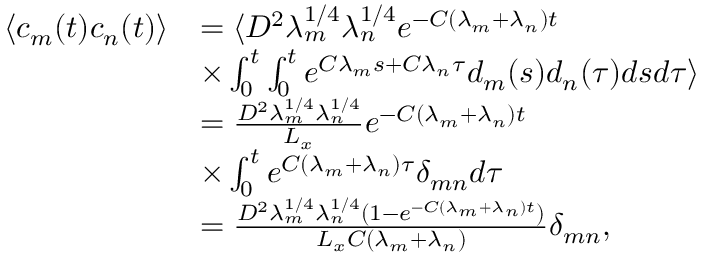
\begin{array} { r l } { \langle c _ { m } ( t ) c _ { n } ( t ) \rangle } & { = \langle D ^ { 2 } \lambda _ { m } ^ { 1 / 4 } \lambda _ { n } ^ { 1 / 4 } e ^ { - C ( \lambda _ { m } + \lambda _ { n } ) t } } \\ & { \times \int _ { 0 } ^ { t } \int _ { 0 } ^ { t } e ^ { C \lambda _ { m } s + C \lambda _ { n } \tau } d _ { m } ( s ) d _ { n } ( \tau ) d s d \tau \rangle } \\ & { = \frac { D ^ { 2 } \lambda _ { m } ^ { 1 / 4 } \lambda _ { n } ^ { 1 / 4 } } { L _ { x } } e ^ { - C ( \lambda _ { m } + \lambda _ { n } ) t } } \\ & { \times \int _ { 0 } ^ { t } e ^ { C ( \lambda _ { m } + \lambda _ { n } ) \tau } \delta _ { m n } d \tau } \\ & { = \frac { D ^ { 2 } \lambda _ { m } ^ { 1 / 4 } \lambda _ { n } ^ { 1 / 4 } ( 1 - e ^ { - C ( \lambda _ { m } + \lambda _ { n } ) t } ) } { L _ { x } C ( \lambda _ { m } + \lambda _ { n } ) } \delta _ { m n } , } \end{array}